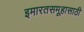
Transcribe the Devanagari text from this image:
इमारतसमूहासाठी